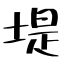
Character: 堤